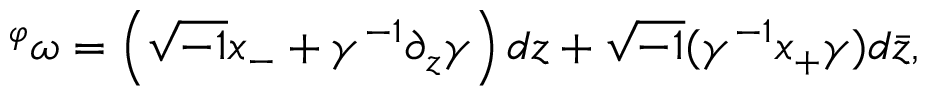
{ } ^ { \varphi } \omega = \left( \sqrt { - 1 } x _ { - } + \gamma ^ { - 1 } \partial _ { z } \gamma \right) d z + \sqrt { - 1 } ( \gamma ^ { - 1 } x _ { + } \gamma ) d \bar { z } ,